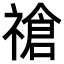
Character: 𫀞